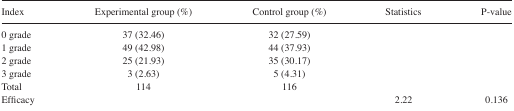
| Index | Experimental group (%) | Control group (%) | Statistics | P-value |
 | --- | --- | --- | --- | --- |
 | 0 grade | 37 (32.46) | 32 (27.59) |  |  |
 | 1 grade | 49 (42.98) | 44 (37.93) |  |  |
 | 2 grade | 25 (21.93) | 35 (30.17) |  |  |
 | 3 grade | 3 (2.63) | 5 (4.31) |  |  |
 | Total | 114 | 116 |  |  |
 | Efficacy |  |  | 2.22 | 0.136 |